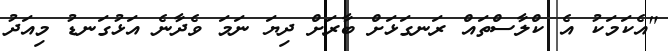
"އެކަމަކު އެ ކްލާސްތައް ރަނގަޅަށް ބާރަށް ދިޔަ ނަމަ ވެދާނެ އަޅުގަނޑު މިއަދު